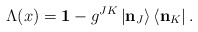
\begin{align*}\Lambda (x)=\mathbf{1}-g^{JK}\left| \mathbf{n}_{J}\right\rangle \left\langle \mathbf{n}_{K}\right| . \end{align*}